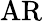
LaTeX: \mathrm{AR}